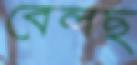
বেলছ